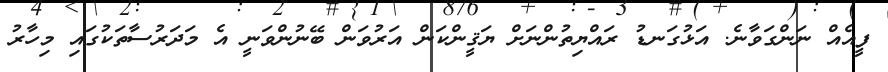
ފީއެއް ނަންގަވާނެ. އަޅުގަނޑު ރައްޔިތުންނަށް ޔަޤީންކަން އަރުވަން ބޭނުންވަނީ އެ މަދަރުސާތަކުގައި މިހާރު